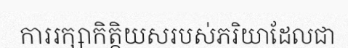
ការរក្សាកិត្តិយសរបស់ភរិយាដែលជា